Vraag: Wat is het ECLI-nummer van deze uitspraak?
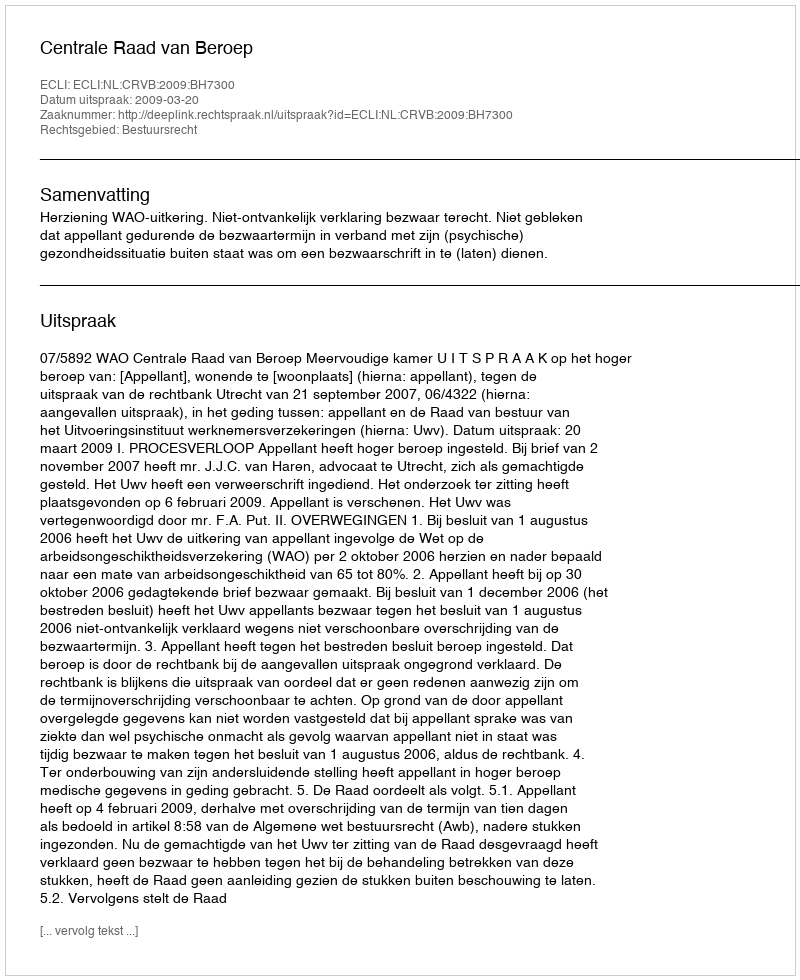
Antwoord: ECLI:NL:CRVB:2009:BH7300